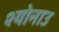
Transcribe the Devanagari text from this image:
श्योनाउ